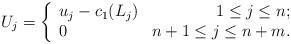
LaTeX: \begin{align*}U_{j} = \left\{ \begin{array}{lr} u_{j}-c_{1}(L_{j}) & 1\leq j \leq n;\\ 0 & n+1\leq j \leq n+m. \end{array} \right.\end{align*}